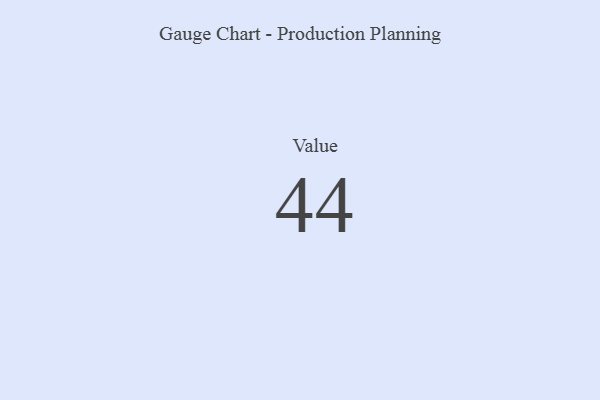
{"axis": {"x": "Metric", "y": "Value"}, "legend": [""], "data": [{"x": "Value", "y": 44, "type": ""}]}